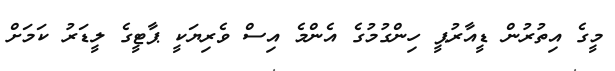
މީގެ އިތުރުން ޑީއާރުޕީ ހިންގުމުގެ އެންމެ އިސް ވެރިޔަކީ ޕާޓީގެ ލީޑަރު ކަމަށް